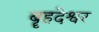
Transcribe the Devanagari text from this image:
बॄहदेश्वर